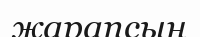
жарапсың